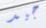
جيد